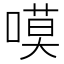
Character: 嗼